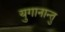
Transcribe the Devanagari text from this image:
युगानान्तु